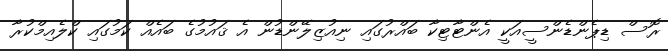
ރޮސް ޑިޕެންޑެންސީއަކީ އެންޓާޓިކާ ބައްރުގައި ނިއުޒިލޭންޑުން އެ ޤައުމުގެ ބައެއް ކަމުގައި ކްލެއިމްކުރާ